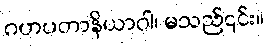
ဂဟပတာနိယာဝါ၊ မသည်၎င်း။